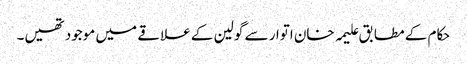
حکام کے مطابق علیمہ خان اتوار سے گولین کے علاقے میں موجود تھیں۔